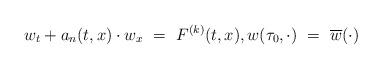
LaTeX: \begin{align*}w_t+a_n(t,x)\cdot w_x~=~F^{(k)}(t,x),w(\tau_0,\cdot)~=~\overline{w}(\cdot)\end{align*}